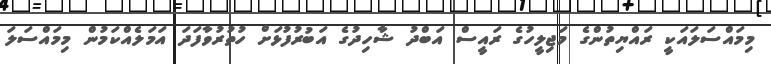
މިމައްސަލައަކީ ރައްޔިތުންގެ މަޖިލީހުގެ ރައީސް އަބްދު ޝާހިދުގެ އަބުރުފުޅަށް ހުތުރުވާފަދަ އަމަލެއްކަމުން މިމައްސަލަ